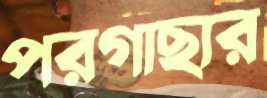
পরগাছার